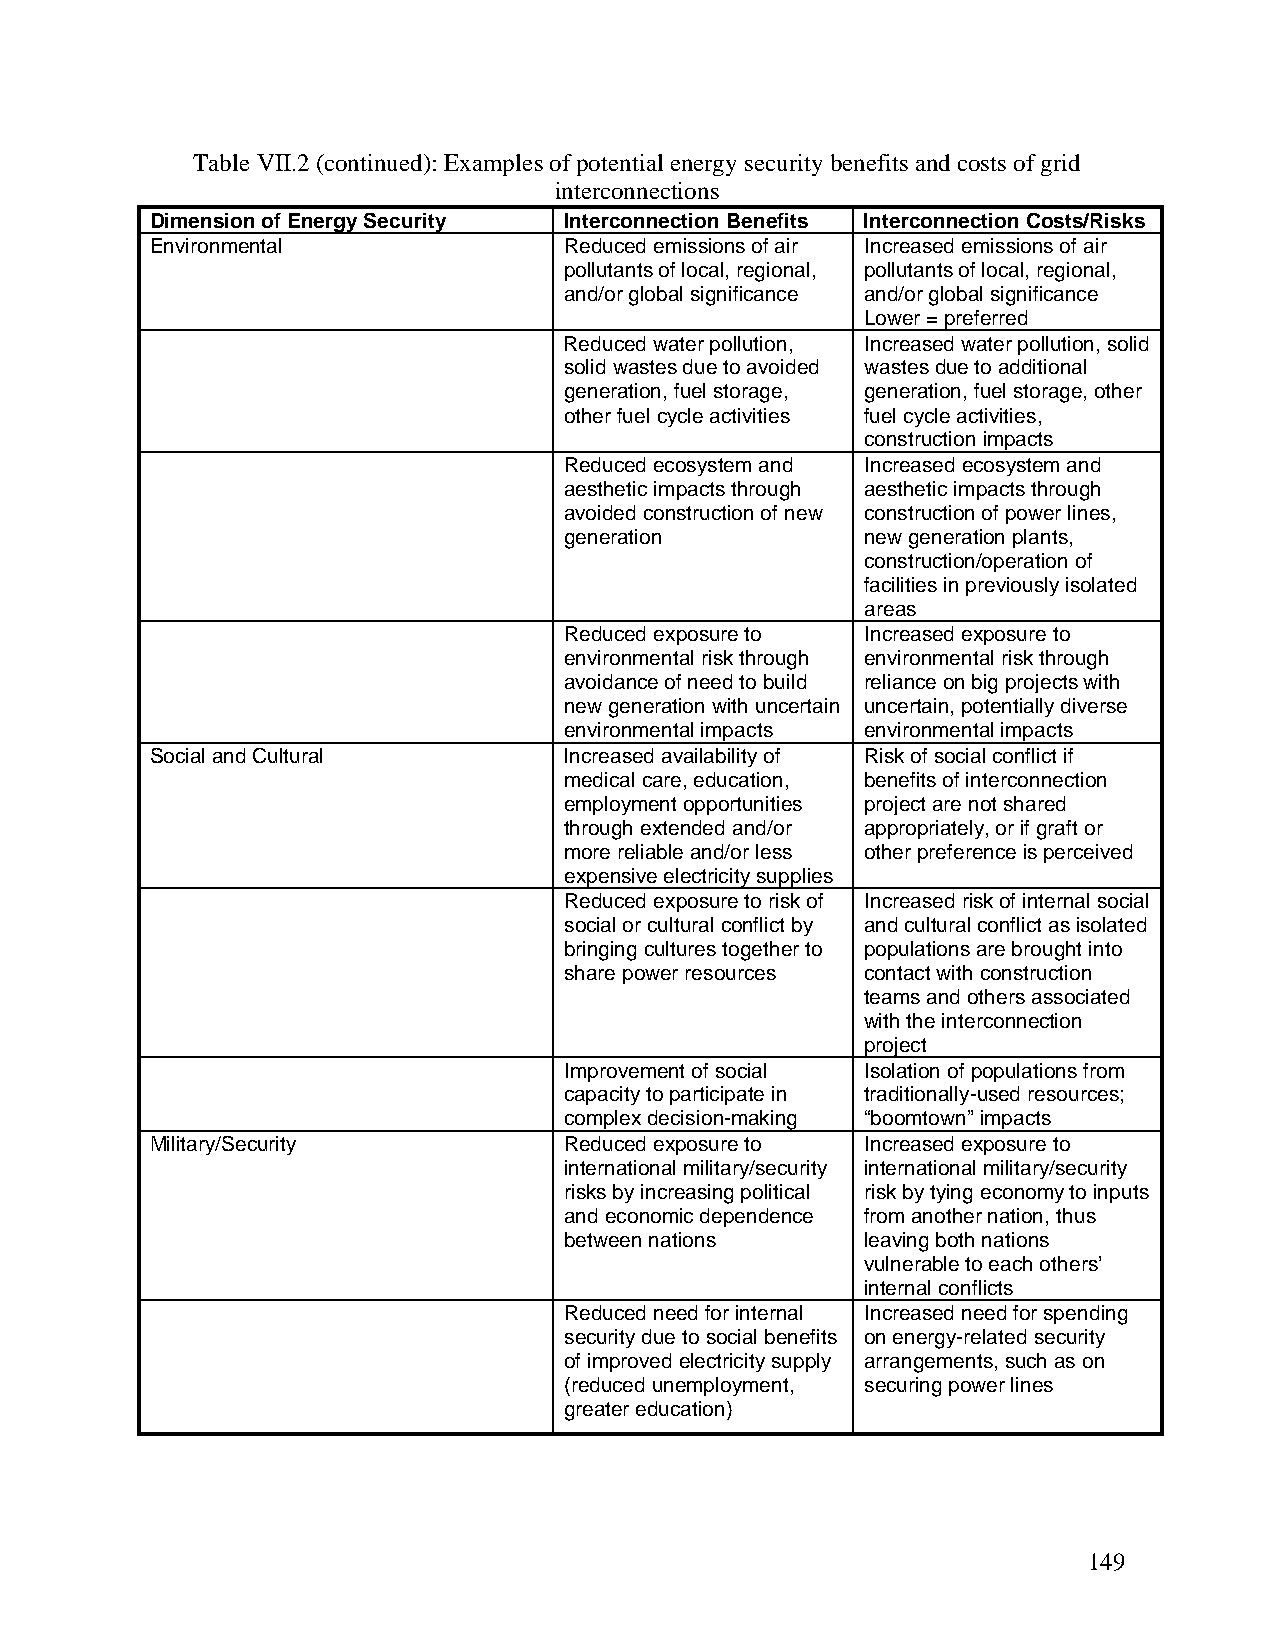
Table VII.2 (continued): Examples of potential energy security benefits and costs of grid
 interconnections
 Dimension of Energy Security Interconnection Benefits Interconnection Costs/Risks
 Environmental              Reduced emissions of air Increased emissions of air
 pollutants of local, regional, pollutants of local, regional,
 and/or global significance and/or global significance
 Lower = preferred
 Reduced water pollution, Increased water pollution, solid
 solid wastes due to avoided wastes due to additional
 generation, fuel storage, generation, fuel storage, other
 other fuel cycle activities fuel cycle activities,
 construction impacts
 Reduced ecosystem and Increased ecosystem and
 aesthetic impacts through aesthetic impacts through
 avoided construction of new construction of power lines,
 generation          new generation plants,
 construction/operation of
 facilities in previously isolated
 areas
 Reduced exposure to Increased exposure to
 environmental risk through environmental risk through
 avoidance of need to build reliance on big projects with
 new generation with uncertain uncertain, potentially diverse
 environmental impacts environmental impacts
 Social and Cultural        Increased availability of Risk of social conflict if
 medical care, education, benefits of interconnection
 employment opportunities project are not shared
 through extended and/or appropriately, or if graft or
 more reliable and/or less other preference is perceived
 expensive electricity supplies
 Reduced exposure to risk of Increased risk of internal social
 social or cultural conflict by and cultural conflict as isolated
 bringing cultures together to populations are brought into
 share power resources contact with construction
 teams and others associated
 with the interconnection
 project
 Improvement of social Isolation of populations from
 capacity to participate in traditionally-used resources;
 complex decision-making “boomtown” impacts
 Military/Security          Reduced exposure to Increased exposure to
 international military/security international military/security
 risks by increasing political risk by tying economy to inputs
 and economic dependence from another nation, thus
 between nations     leaving both nations
 vulnerable to each others’
 internal conflicts
 Reduced need for internal Increased need for spending
 security due to social benefits on energy-related security
 of improved electricity supply arrangements, such as on
 (reduced unemployment, securing power lines
 greater education)
 149